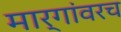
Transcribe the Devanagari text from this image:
मार्गांवरच